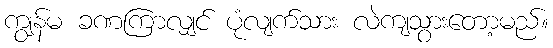
ကျွန်မ ခဏကြာလျှင် ပုံလျက်သား လဲကျသွားတော့မည်။